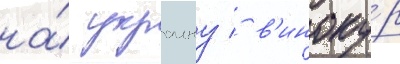
на́ украину / в'иноку́р